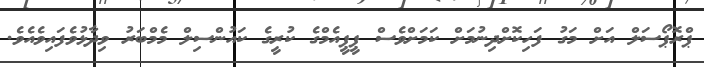
ޕްރޮޕޯސަލް އަށް މަގު ފަހިކޮށްދިނުމަށް ކަމަށްވެސް ޕީޕީއެމްގެ ކުރީގެ ކައުންސިލް މެމްބަރު ވިދާޅުވެފައިވެއެވެ.